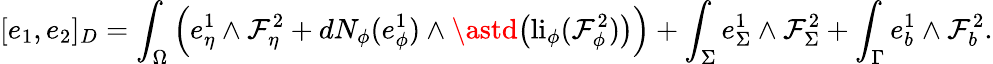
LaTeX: [e_{1},e_{2}]_{D}=\int_{\Omega}\Big(e_{\eta}^{1}\wedge\mathcal{F}_{\eta}^{2}+dN_{\phi}(e_{\phi}^{1})\wedge\astd\big(\mathrm{{li}}_{\phi}(\mathcal{F}_{\phi}^{2})\big)\Big)+\int_{\Sigma}e_{\Sigma}^{1}\wedge\mathcal{F}_{\Sigma}^{2}+\int_{\Gamma}e_{b}^{1}\wedge\mathcal{F}_{b}^{2}.